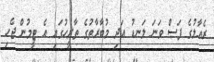
ރެއާލުގެ ފަސް ވަނަ ލަނޑު އަދި މުބާރާތުގެ ތާރީހުގައި އެ ޓީމުން ޖެހި